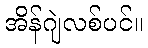
အိန်ဂျဲလစ်ပင်။